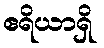
ဧရိယာရှိ